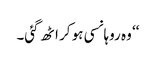
‘‘ وہ روہانسی ہو کر اٹھ گئی۔